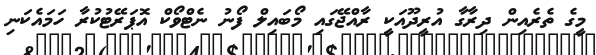
މީގެ ތެރެއިން ދިރާގާ އުރީދޫއަކީ ރާއްޖޭގައި މޯބައިލް ފޯނު ނެޓްވޯކް އޮޕަރޭޓުކުރާ ހަމައެކަނި